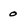
Character: 0